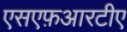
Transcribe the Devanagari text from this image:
एसएफ़आरटीए